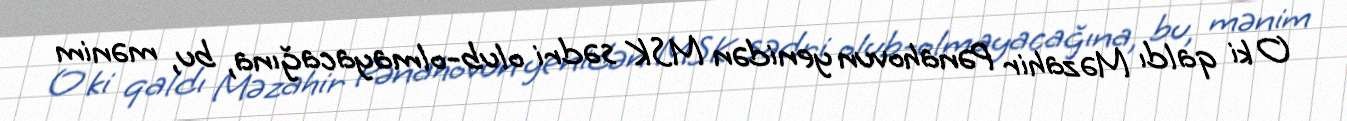
O ki qaldı Məzahir Pənahovun yenidən MSK sədri olub-olmayacağına, bu, mənim